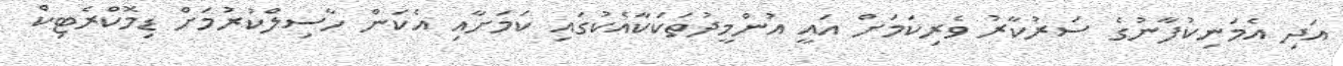
އަދި އެމަނިކުފާނުގެ ސަރުކާރު ވެރިކަމަށް އައީ އުންމީދުތަކަކާއެކުގައި ކަމަށާއި އެކަން ހާސިލްކުރުމަށް ޑިމޮކްރެޓިކް